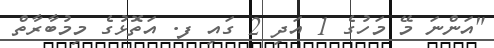
"އަންނަ މޭ މަހުގެ 1 އަދި 2 ގައި ފ. އަތޮޅުގެ މިމުބާރާތް